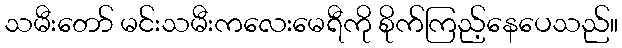
သမီးတော် မင်းသမီးကလေးမေရီကို စိုက်ကြည့်နေပေသည်။